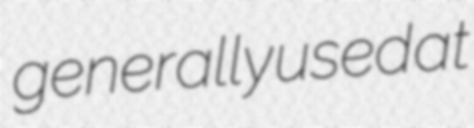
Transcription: generally used at